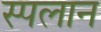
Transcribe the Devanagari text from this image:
स्पलान